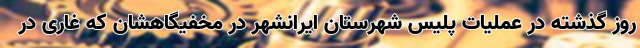
روز گذشته در عملیات پلیس شهرستان ایرانشهر در مخفیگاهشان که غاری در